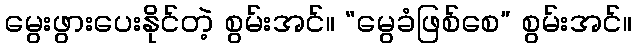
မွေးဖွားပေးနိုင်တဲ့ စွမ်းအင်။ “မွေခံဖြစ်စေ” စွမ်းအင်။